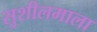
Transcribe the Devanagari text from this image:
सुशीलमाला